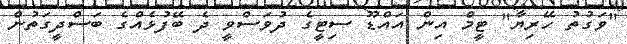
"ވަގުތު ހޭރިޔާ" ޓީމް އިން އައްޑޫ ސިޓީގެ ދުވަސްވީ ދެ ބޭފުޅެއްގެ ބަސްދީގަތުން